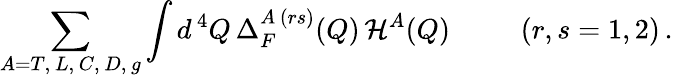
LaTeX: \sum_{A=T,\, L,\, C,\, D,\, g}\int d^{\, 4}Q\, \Delta_{F}^{A\, (rs)}(Q)\, {\cal H}^{A}(Q)\; \; \; \; \; \; \; \; \; (r,s=1,2)\, .